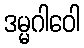
ဒမ္မဂါဝေါ